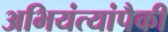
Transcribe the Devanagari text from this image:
अभियंत्यांपैकी